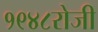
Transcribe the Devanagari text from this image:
१९४८रोजी